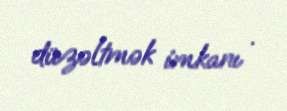
düzəltmək imkanı .